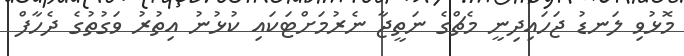
މޮޅުވި ލަނޑު ޖަހައިދިނީ މެޗްގެ ނަތީޖާ ނެރުމަށްޓަކައި ކުޅުނު އިތުރު ވަގުތުގެ ދެހާފް